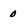
Character: 0